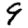
Digit: 9